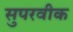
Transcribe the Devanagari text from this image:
सुपरवीक